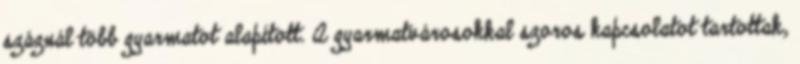
száznál több gyarmatot alapított. A gyarmatvárosokkal szoros kapcsolatot tartottak,